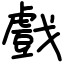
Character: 戲